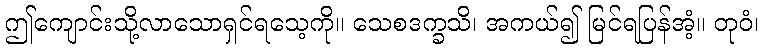
ဤကျောင်းသို့လာသောရှင်ရသေ့ကို။ သေစဒက္ခသိ၊ အကယ်၍ မြင်ရပြန်အံ့။ တုဝံ၊